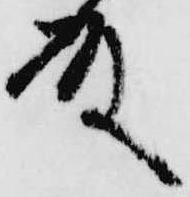
殿